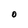
Character: O